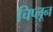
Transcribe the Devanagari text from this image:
चिप्लून